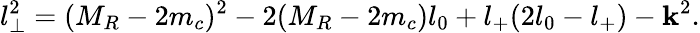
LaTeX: l_{\perp}^{2}=(M_{R}-2m_{c})^{2}-2(M_{R}-2m_{c})l_{0}+l_{+}(2l_{0}-l_{+})-\mathbf{k}^{2}.